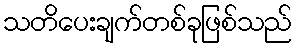
သတိပေးချက်တစ်ခုဖြစ်သည်